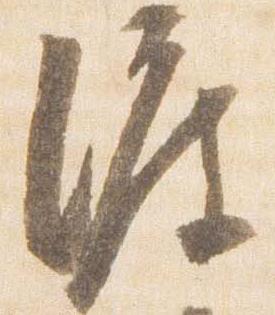
渡